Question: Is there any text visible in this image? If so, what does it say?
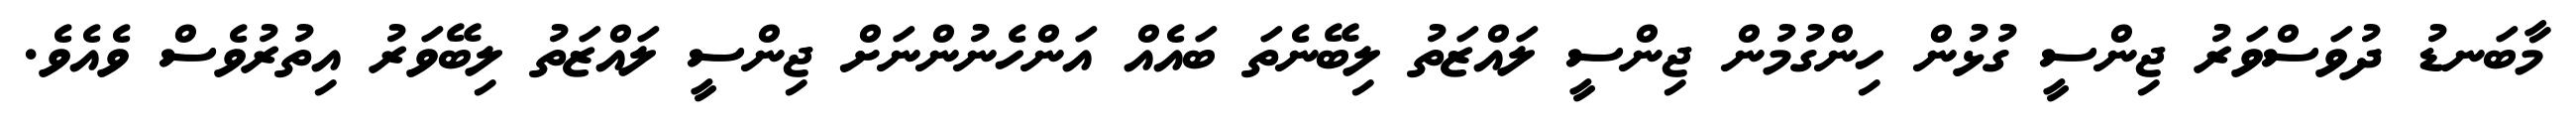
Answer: މާބަނޑު ދުވަސްވަރު ޖިންސީ ގުޅުން ހިންގުމުން ޖިންސީ ލައްޒަތު ލިބޭނެތަ ބައެއް އަންހެނުންނަށް ޖިންސީ ލައްޒަތު ލިބޭވަރު އިތުރުވެސް ވެއެވެ.